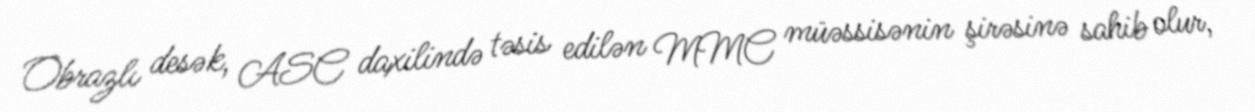
Obrazlı desək, ASC daxilində təsis edilən MMC müəssisənin şirəsinə sahib olur,